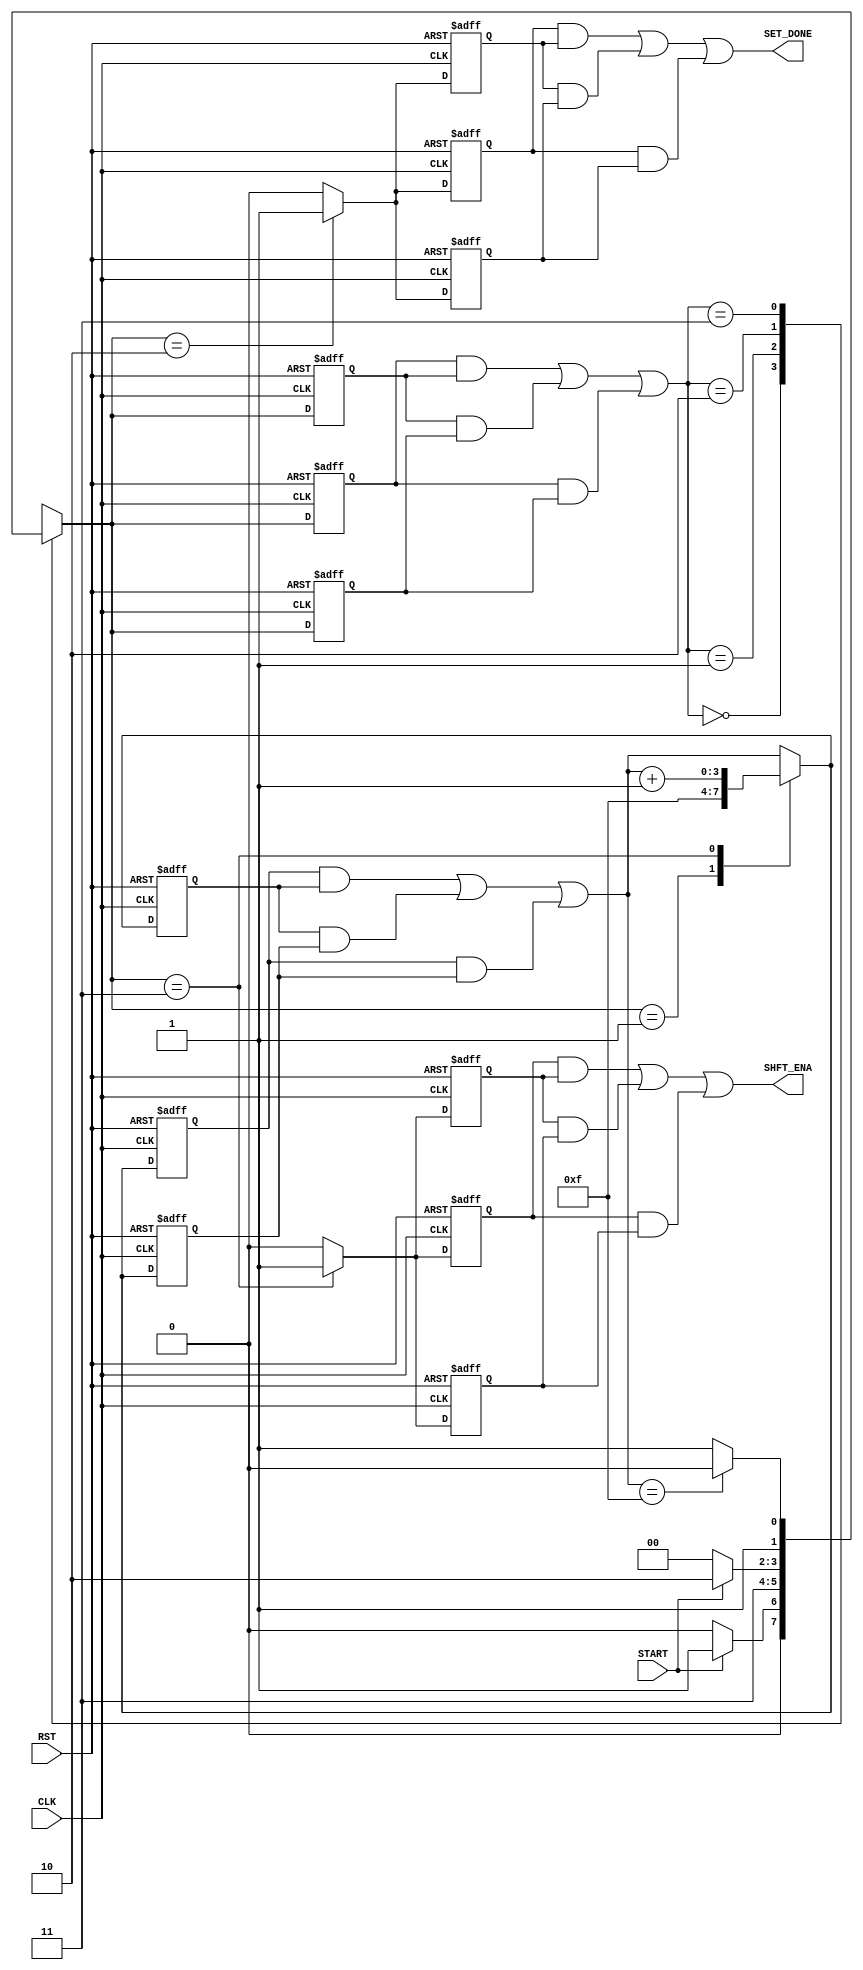

// Created by fizzim_tmr.pl version $Revision: 4.44 on 2014:12:12 at 12:15:51 (www.fizzim.com)

module comp_thresh_load_FSM_TMR (
  output SET_DONE,
  output SHFT_ENA,
  input CLK,
  input RST,
  input START 
);

  // state bits
  parameter 
  Idle     = 2'b00, 
  Pload    = 2'b01, 
  Set_Done = 2'b10, 
  Shift    = 2'b11; 

  (* syn_preserve = "true" *) reg [1:0] state_1;
  (* syn_preserve = "true" *) reg [1:0] state_2;
  (* syn_preserve = "true" *) reg [1:0] state_3;

  (* syn_keep = "true" *) wire [1:0] voted_state_1;
  (* syn_keep = "true" *) wire [1:0] voted_state_2;
  (* syn_keep = "true" *) wire [1:0] voted_state_3;

  assign voted_state_1    = (state_1    & state_2   ) | (state_2    & state_3   ) | (state_1    & state_3   ); // Majority logic
  assign voted_state_2    = (state_1    & state_2   ) | (state_2    & state_3   ) | (state_1    & state_3   ); // Majority logic
  assign voted_state_3    = (state_1    & state_2   ) | (state_2    & state_3   ) | (state_1    & state_3   ); // Majority logic


  (* syn_keep = "true" *) reg [1:0] nextstate_1;
  (* syn_keep = "true" *) reg [1:0] nextstate_2;
  (* syn_keep = "true" *) reg [1:0] nextstate_3;


  (* syn_preserve = "true" *)  reg SET_DONE_1;
  (* syn_preserve = "true" *)  reg SET_DONE_2;
  (* syn_preserve = "true" *)  reg SET_DONE_3;
  (* syn_preserve = "true" *)  reg SHFT_ENA_1;
  (* syn_preserve = "true" *)  reg SHFT_ENA_2;
  (* syn_preserve = "true" *)  reg SHFT_ENA_3;
  (* syn_preserve = "true" *)  reg [3:0] scnt_1;
  (* syn_preserve = "true" *)  reg [3:0] scnt_2;
  (* syn_preserve = "true" *)  reg [3:0] scnt_3;
  (* syn_keep = "true" *)      wire [3:0] voted_scnt_1;
  (* syn_keep = "true" *)      wire [3:0] voted_scnt_2;
  (* syn_keep = "true" *)      wire [3:0] voted_scnt_3;

  // Assignment of outputs and flags to voted majority logic of replicated registers
  assign SET_DONE = (SET_DONE_1 & SET_DONE_2) | (SET_DONE_2 & SET_DONE_3) | (SET_DONE_1 & SET_DONE_3); // Majority logic
  assign SHFT_ENA = (SHFT_ENA_1 & SHFT_ENA_2) | (SHFT_ENA_2 & SHFT_ENA_3) | (SHFT_ENA_1 & SHFT_ENA_3); // Majority logic
  assign voted_scnt_1     = (scnt_1     & scnt_2    ) | (scnt_2     & scnt_3    ) | (scnt_1     & scnt_3    ); // Majority logic
  assign voted_scnt_2     = (scnt_1     & scnt_2    ) | (scnt_2     & scnt_3    ) | (scnt_1     & scnt_3    ); // Majority logic
  assign voted_scnt_3     = (scnt_1     & scnt_2    ) | (scnt_2     & scnt_3    ) | (scnt_1     & scnt_3    ); // Majority logic

  // Assignment of error detection logic to replicated signals

  // comb always block
  always @* begin
    nextstate_1 = 2'bxx; // default to x because default_state_is_x is set
    nextstate_2 = 2'bxx; // default to x because default_state_is_x is set
    nextstate_3 = 2'bxx; // default to x because default_state_is_x is set
    case (voted_state_1)
      Idle    : if (START)                 nextstate_1 = Pload;
                else                       nextstate_1 = Idle;
      Pload   :                            nextstate_1 = Shift;
      Set_Done: if (!START)                nextstate_1 = Idle;
                else                       nextstate_1 = Set_Done;
      Shift   : if (voted_scnt_1 == 4'hF)  nextstate_1 = Set_Done;
                else                       nextstate_1 = Shift;
    endcase
    case (voted_state_2)
      Idle    : if (START)                 nextstate_2 = Pload;
                else                       nextstate_2 = Idle;
      Pload   :                            nextstate_2 = Shift;
      Set_Done: if (!START)                nextstate_2 = Idle;
                else                       nextstate_2 = Set_Done;
      Shift   : if (voted_scnt_2 == 4'hF)  nextstate_2 = Set_Done;
                else                       nextstate_2 = Shift;
    endcase
    case (voted_state_3)
      Idle    : if (START)                 nextstate_3 = Pload;
                else                       nextstate_3 = Idle;
      Pload   :                            nextstate_3 = Shift;
      Set_Done: if (!START)                nextstate_3 = Idle;
                else                       nextstate_3 = Set_Done;
      Shift   : if (voted_scnt_3 == 4'hF)  nextstate_3 = Set_Done;
                else                       nextstate_3 = Shift;
    endcase
  end

  // Assign reg'd outputs to state bits

  // sequential always block
  always @(negedge CLK or posedge RST) begin
    if (RST) begin
      state_1 <= Idle;
      state_2 <= Idle;
      state_3 <= Idle;
    end
    else begin
      state_1 <= nextstate_1;
      state_2 <= nextstate_2;
      state_3 <= nextstate_3;
    end
  end

  // datapath sequential always block
  always @(negedge CLK or posedge RST) begin
    if (RST) begin
      SET_DONE_1 <= 0;
      SET_DONE_2 <= 0;
      SET_DONE_3 <= 0;
      SHFT_ENA_1 <= 0;
      SHFT_ENA_2 <= 0;
      SHFT_ENA_3 <= 0;
      scnt_1 <= 4'h0;
      scnt_2 <= 4'h0;
      scnt_3 <= 4'h0;
    end
    else begin
      SET_DONE_1 <= 0; // default
      SET_DONE_2 <= 0; // default
      SET_DONE_3 <= 0; // default
      SHFT_ENA_1 <= 0; // default
      SHFT_ENA_2 <= 0; // default
      SHFT_ENA_3 <= 0; // default
      scnt_1 <= voted_scnt_1; // default
      scnt_2 <= voted_scnt_2; // default
      scnt_3 <= voted_scnt_3; // default
      case (nextstate_1)
        Pload   :        scnt_1 <= 4'hF;
        Set_Done:        SET_DONE_1 <= 1;
        Shift   : begin
                         SHFT_ENA_1 <= 1;
                         scnt_1 <= voted_scnt_1 + 1;
        end
      endcase
      case (nextstate_2)
        Pload   :        scnt_2 <= 4'hF;
        Set_Done:        SET_DONE_2 <= 1;
        Shift   : begin
                         SHFT_ENA_2 <= 1;
                         scnt_2 <= voted_scnt_2 + 1;
        end
      endcase
      case (nextstate_3)
        Pload   :        scnt_3 <= 4'hF;
        Set_Done:        SET_DONE_3 <= 1;
        Shift   : begin
                         SHFT_ENA_3 <= 1;
                         scnt_3 <= voted_scnt_3 + 1;
        end
      endcase
    end
  end

  // This code allows you to see state names in simulation
  `ifndef SYNTHESIS
  reg [63:0] statename;
  always @* begin
    case (state_1)
      Idle    : statename = "Idle";
      Pload   : statename = "Pload";
      Set_Done: statename = "Set_Done";
      Shift   : statename = "Shift";
      default : statename = "XXXXXXXX";
    endcase
  end
  `endif

endmodule